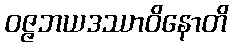
ဝဇ္ဇဘယဒဿာဝိနောတိ